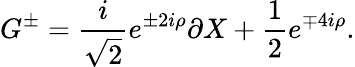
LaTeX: G^{\pm}={\frac{i}{\sqrt 2}}e^{\pm 2i\rho}\partial X+{\frac{1}{2}}e^{\mp 4i\rho}.